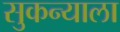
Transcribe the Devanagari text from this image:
सुकन्याला